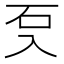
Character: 𭀽